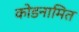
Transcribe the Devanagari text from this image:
कोडनामित